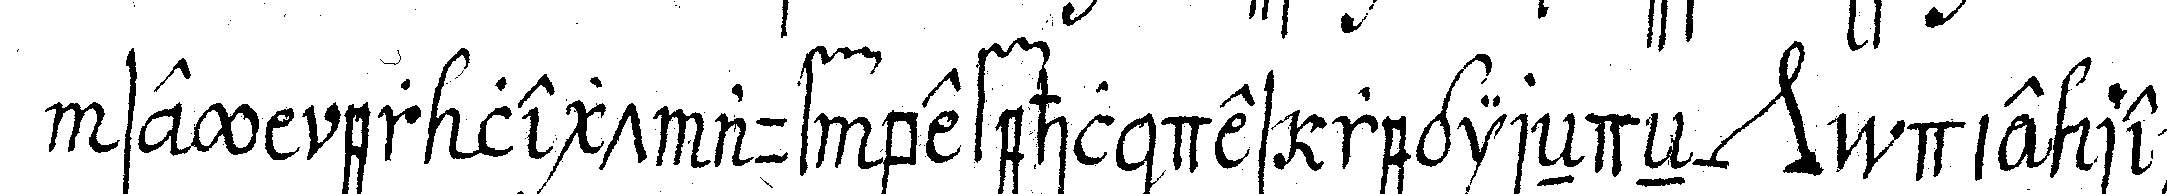
sey er legt auf befehl des regireN eN *nee* die rech